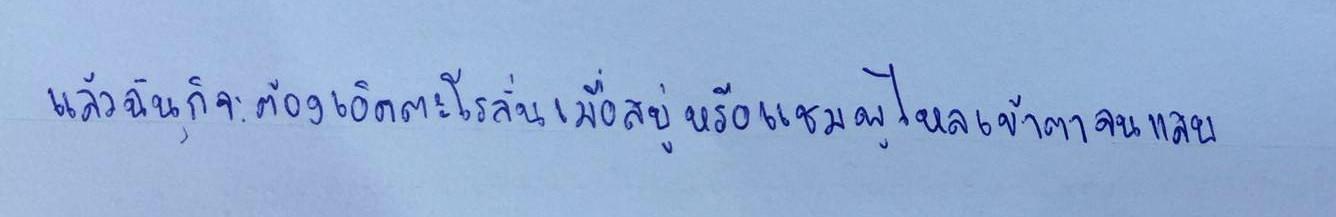
แล้วฉันก็จะต้องเอ็ดตะโรลั่นเมื่อสบู่หรือแชมพูไหลเข้าตาจนแสบ